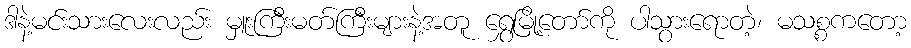
ဒါနဲ့မင်းသားလေးလည်း မှူးကြီးမတ်ကြီးများနဲ့အတူ ရွှေမြို့တော်ကို ပါသွားရောတဲ့၊ မသစ္စကတော့